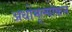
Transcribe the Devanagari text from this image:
अधोमूल्यांकन